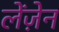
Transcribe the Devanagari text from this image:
लेंज़ेन